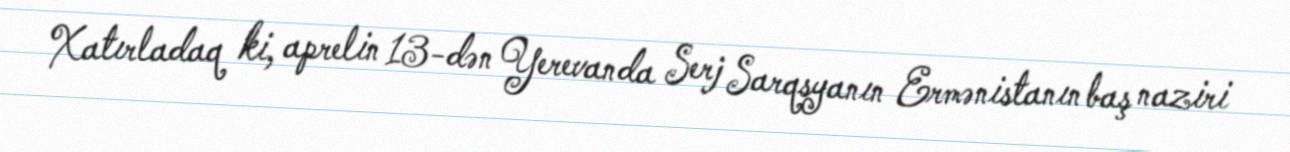
Xatırladaq ki, aprelin 13-dən Yerevanda Serj Sarqsyanın Ermənistanın baş naziri